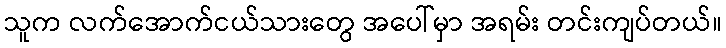
သူက လက်အောက်ငယ်သားတွေ အပေါ်မှာ အရမ်း တင်းကျပ်တယ်။